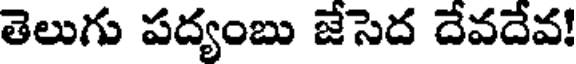
తెలుగు పద్యంబు జేసెద దేవదేవ!